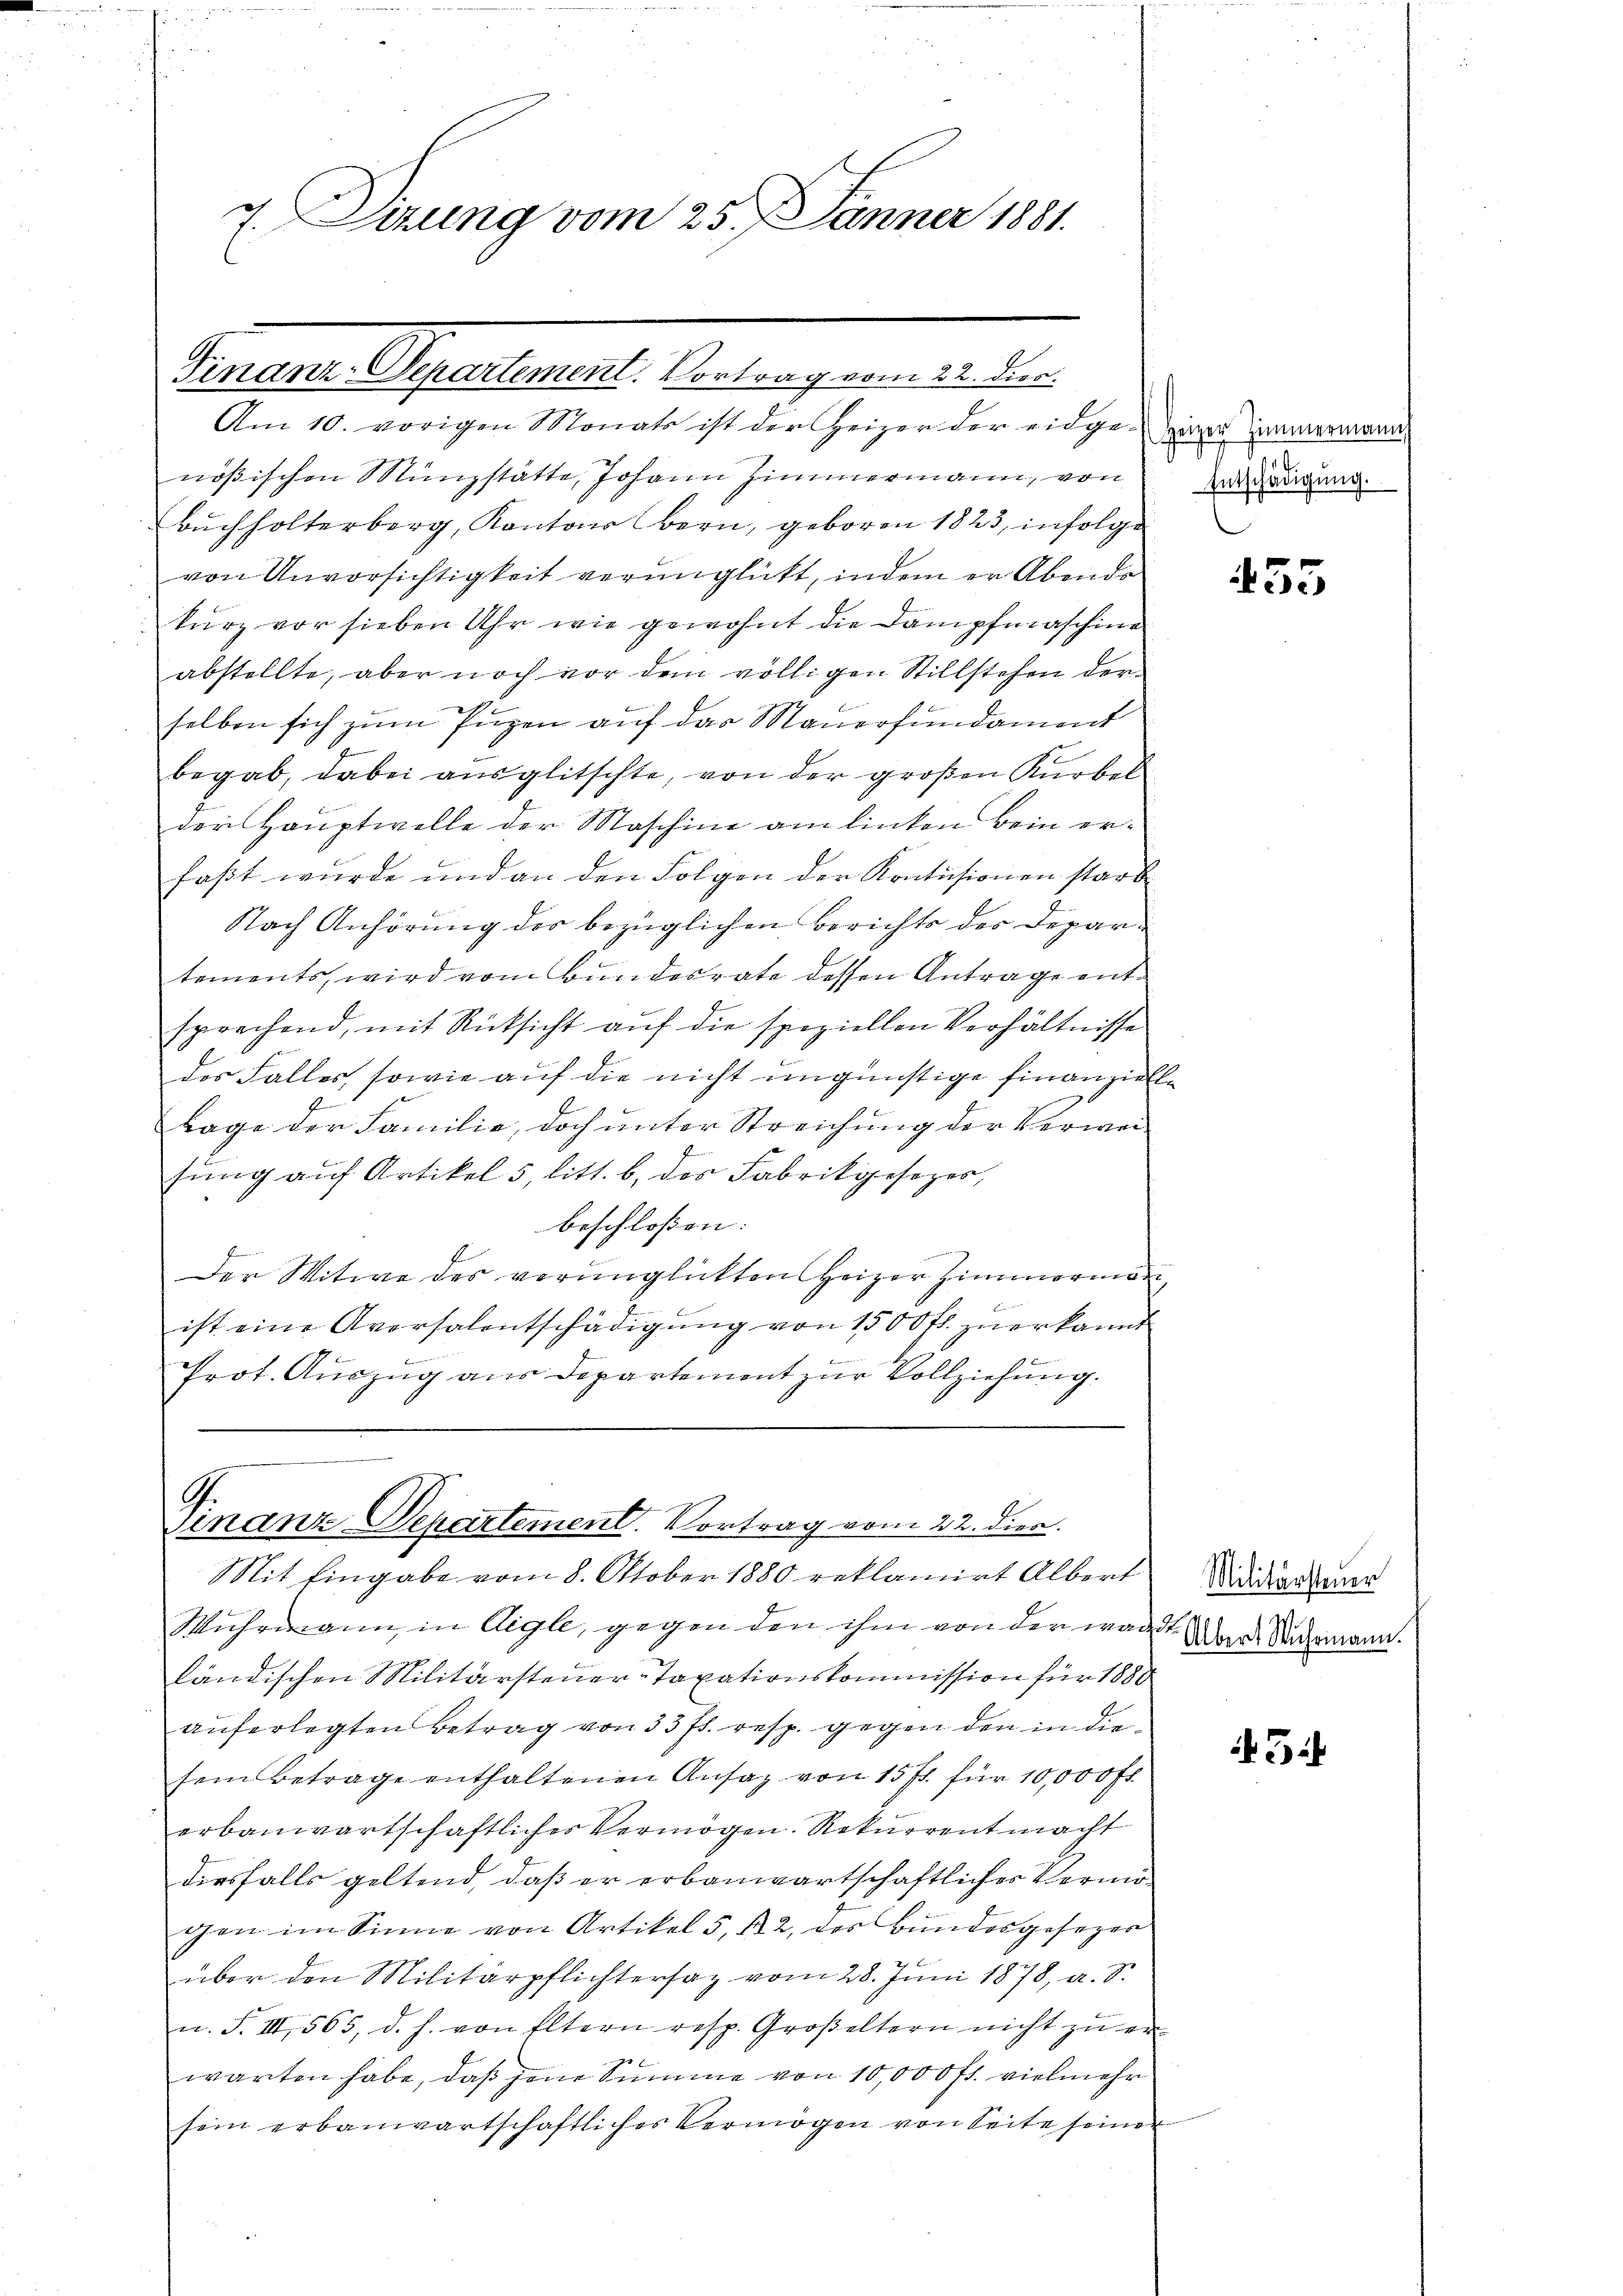
7. Sizung vom 25. Jänner 1881.

Peuern Segesserer Verlangenen an den
Am 10. vorigen Monats ist der Heizer der eidge-Ziger Zimmermann,

nößischen Münzstätte, Johann Zimmermann, von
Buchholterberg, Kantons Bern, geboren 1823, infolge
von Unvorsichtigkeit verunglückt, indem er Abends
kurz vor sieben Uhr wie gewohnt die Dampfmaschine
abstellte, aber noch vor dem völligen Stillstehen der
selben sich zum Pugen auf das Mauerfundament
begab, dabei ausglitschte, von der großen Kurbel
der Hauptwolle der Maschine am linken bein erfaßt wurde und an den Folgen der Kontusionen starb
Nach Anhörung der bezüglichen Berichts der Departements, wird vom Bundesrate dessen Antrage entsprechend, mit Rücksicht auf die speziellen Verhältnisse
des Falles, sowie auf die nicht ungünstige Finanzielle
Lage der Familie, doch unter Streichung der Verweisung auf Artikel 5 litt. b. des Fabrikgesezer,
beschloßen:
Der Witwe des verunglickten Heizer Zimmerman
e
ist eine Aversalentschädigŭng von 1500 fl. zŭ erkannt
u
Prot. Auszug aus Departement zur Vollziehung.

G.
Finanz-Departement. Vortrag vom 22. dies.
Mit Eingabe vom 8. Oktober 1880 reklamirt Albert

Wuhrmann, in Aigle, gegen den ihm von der wardt
ländischen Militärsteuer-Taxationskommission für 1880
auferlegten Betrag von 33 ff. resp. gegen den in diesein Betrage enthaltenen Ansaz von 15 fl. für 10,000 fl.
erbauwartschaftliches Vermögen. Rekurrent macht
diesfalls geltend, daß er erbauwartschaftlicher Vermögen im Sinne von Artikel 5, 122, des Bundesgesezen
über den Militärpflichtersaz vom 28. Juni 1878, u. S.
u. F. III 565, d. h. von Eltern resp. Großeltern nicht zu er-
warten habe, daß jene Summe von 10,000 fl. vielmehr
sein erbauwartschaftliches Vermögen von Seite seiner

Entschädigŭng.

455

Militärsteuer
Albert Wuhrmann.

5